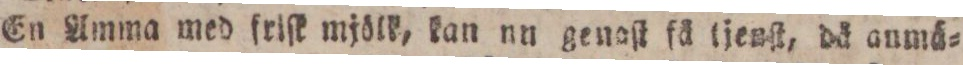
En Amma med friſk mjölk, kan nu geuaſt få tjenſt, då anmä=